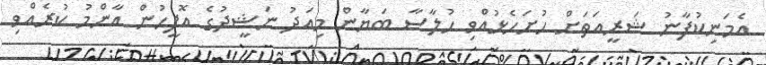
އެމަނިކުފާނު ޝަރީއަތަށް ހުށަހެޅުއްވި ހުލާސާ ބަޔާން މިއަދު ނަޝީދުގެ އޮފީހުން އާންމު ކުރެއްވި